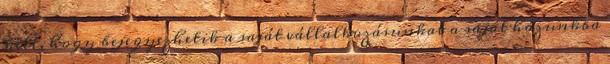
kell, hogy bejegyezhetik a saját vállalkozásunkat a saját házunkba